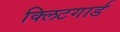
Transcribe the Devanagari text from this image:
क्लिटगार्ड